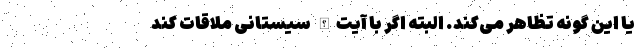
یا این گونه تظاهر می‌کند. البته اگر با آیت‌الله سیستانی ملاقات کند